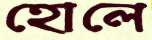
হোলে